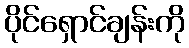
ပိုင်ရှောင်ချန်းကို